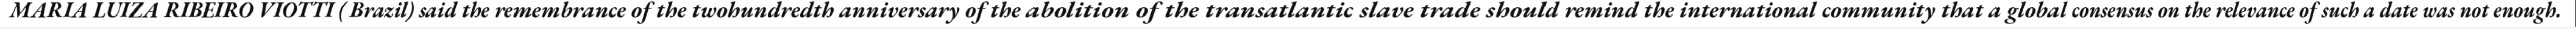
MARIA LUIZA RIBEIRO VIOTTI ( Brazil) said the remembrance of the twohundredth anniversary of the abolition of the transatlantic slave trade should remind the international community that a global consensus on the relevance of such a date was not enough.